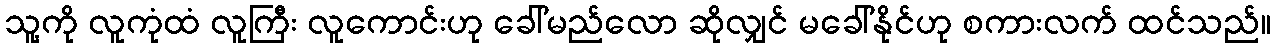
သူ့ကို လူကုံထံ လူကြီး လူကောင်းဟု ခေါ်မည်လော ဆိုလျှင် မခေါ်နိုင်ဟု စကားလက် ထင်သည်။